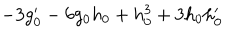
- 3 g _ { 0 } ^ { \prime } - 6 g _ { 0 } h _ { 0 } + h _ { 0 } ^ { 3 } + 3 h _ { 0 } h _ { 0 } ^ { \prime }